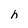
Character: h